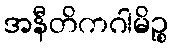
အနီတိကဂါမိဉ္စ